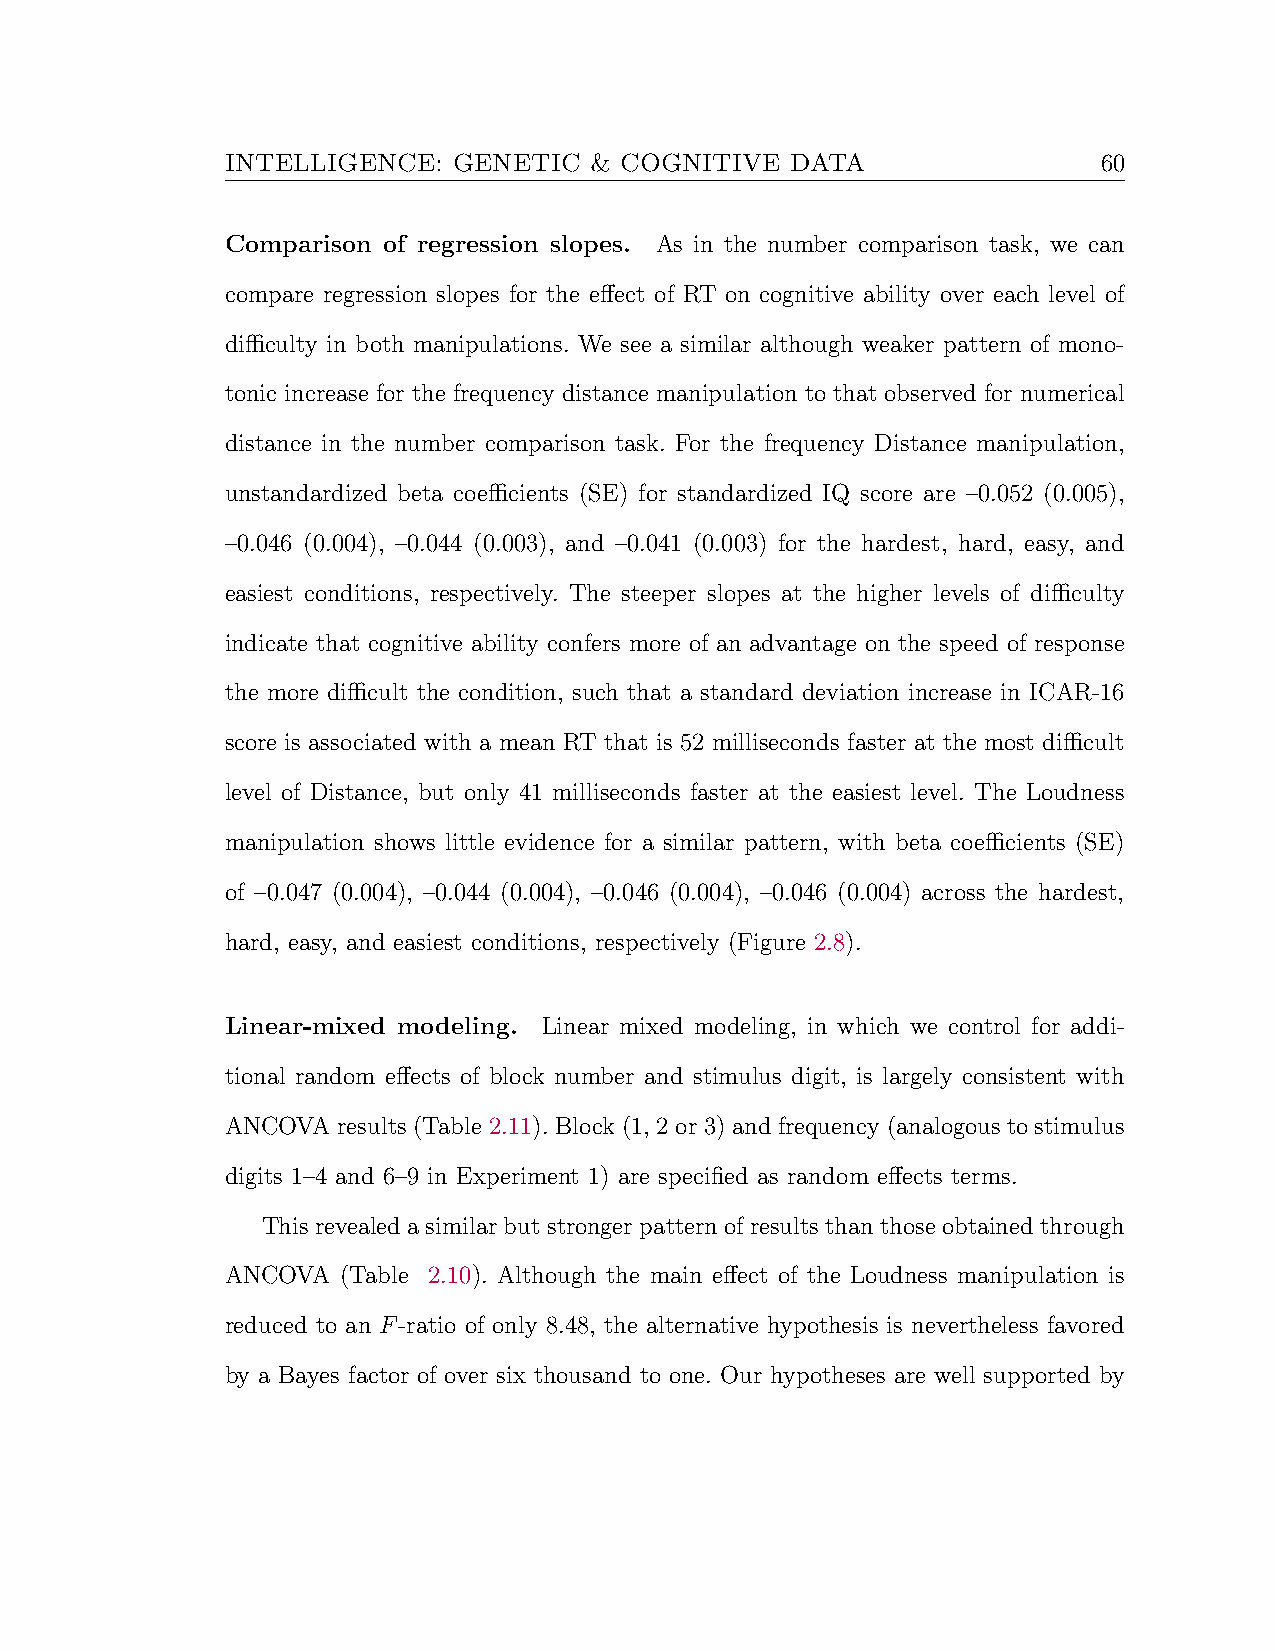
INTELLIGENCE:  GENETIC  & COGNITIVE  DATA                 60
 Comparison of regression slopes. As in the number comparison task, we can
 compare regression slopes for the effect of RT on cognitive ability over each level of
 difficulty in both manipulations. We see a similar although weaker pattern of mono-
 tonic increase for the frequency distance manipulation to that observed for numerical
 distance in the number comparison task. For the frequency Distance manipulation,
 unstandardized beta coefficients (SE) for standardized IQ score are –0.052 (0.005),
 –0.046 (0.004), –0.044 (0.003), and –0.041 (0.003) for the hardest, hard, easy, and
 easiest conditions, respectively. The steeper slopes at the higher levels of difficulty
 indicate that cognitive ability confers more of an advantage on the speed of response
 the more difficult the condition, such that a standard deviation increase in ICAR-16
 score is associated with a mean RT that is 52 milliseconds faster at the most difficult
 level of Distance, but only 41 milliseconds faster at the easiest level. The Loudness
 manipulation shows little evidence for a similar pattern, with beta coefficients (SE)
 of –0.047 (0.004), –0.044 (0.004), –0.046 (0.004), –0.046 (0.004) across the hardest,
 hard, easy, and easiest conditions, respectively (Figure 2.8).
 Linear-mixed modeling. Linear mixed modeling, in which we control for addi-
 tional random effects of block number and stimulus digit, is largely consistent with
 ANCOVA results (Table 2.11). Block (1, 2 or 3) and frequency (analogous to stimulus
 digits 1–4 and 6–9 in Experiment 1) are specified as random effects terms.
 Thisrevealedasimilarbutstrongerpatternofresultsthanthoseobtainedthrough
 ANCOVA  (Table 2.10). Although the main effect of the Loudness manipulation is
 reduced to an F-ratio of only 8.48, the alternative hypothesis is nevertheless favored
 by a Bayes factor of over six thousand to one. Our hypotheses are well supported by